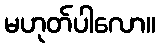
မဟုတ်ပါလော။